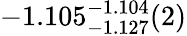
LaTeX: -1.105_{-1.127}^{-1.104}(2)